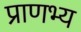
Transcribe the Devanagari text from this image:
प्राणभ्य